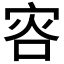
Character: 𡨐